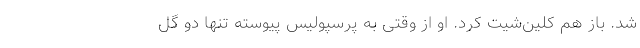
شد. باز هم کلین‌شیت کرد. او از وقتی به پرسپولیس پیوسته تنها دو گل